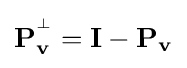
\mathbf {P} _{\mathbf {v} }^{^{\perp }}=\mathbf {I} -\mathbf {P} _{\mathbf {v} }